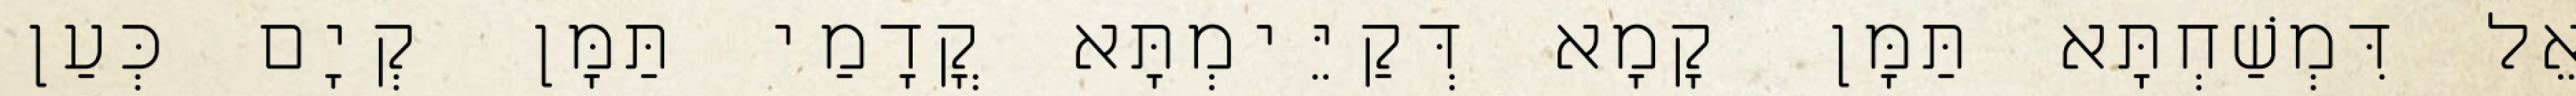
אֵל דִּמְשַׁחְתָּא תַּמָּן קָמָא דְּקַיֵּימְתָּא קֳדָמַי תַּמָּן קְיָם כְּעַן